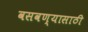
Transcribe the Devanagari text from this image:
वसवण्यासाठी